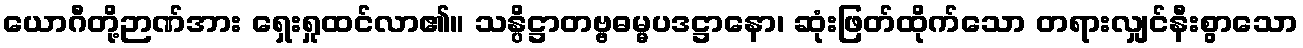
ယောဂီတို့ဉာဏ်အား ရှေးရှုထင်လာ၏။ သန္ပိဋ္ဌာတဗ္ဗဓမ္မပဒဋ္ဌာနော၊ ဆုံးဖြတ်ထိုက်သော တရားလျှင်နီးစွာသော